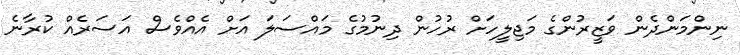
ނިންމަންދެން ވަޒީރުންގެ މަޖިލީހަށް ރުހުން ދިނުމުގެ މައްސަލަ އަށް އެއްވެސް އަސަރެއް ކުރާނެ